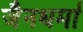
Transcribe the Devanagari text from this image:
जैनधर्मा